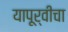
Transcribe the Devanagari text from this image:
यापूर्वीचा